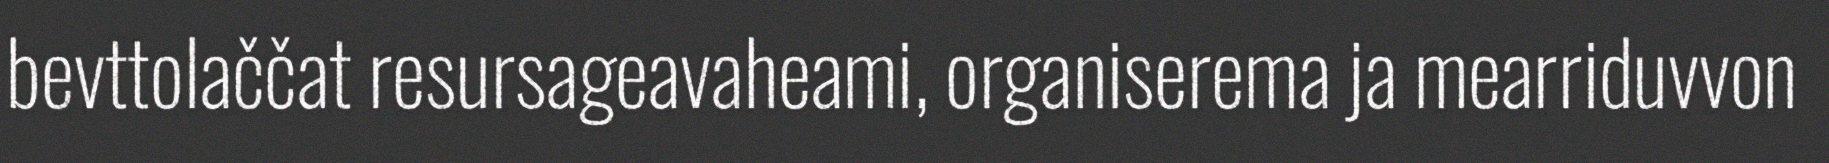
bevttolaččat resursageavaheami, organiserema ja mearriduvvon